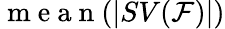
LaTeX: \mathrm{~m~e~a~n~}(|SV(\mathcal{F})|)